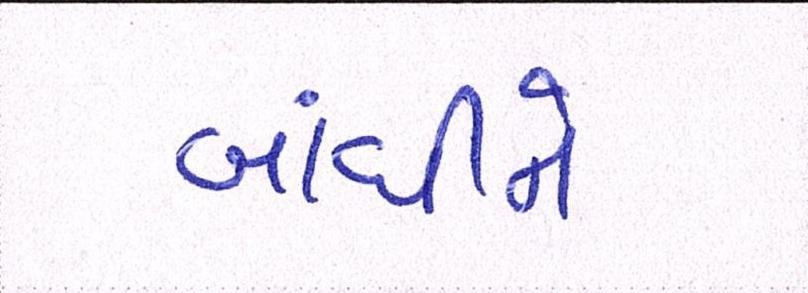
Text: બાંધીને